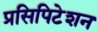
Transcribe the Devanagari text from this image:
प्रसिपिटेशन